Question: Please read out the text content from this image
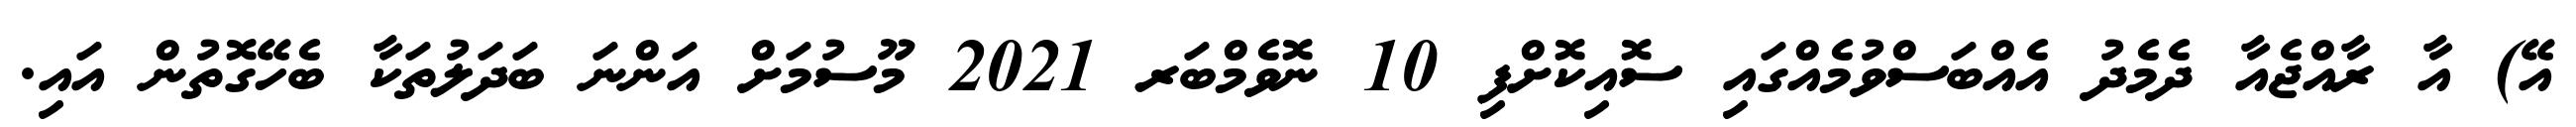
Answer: އޭ) އާ ރާއްޖެއާ ދެމެދު އެއްބަސްވުމެއްގައި ސޮއިކޮށްފި 10 ނޮވެމްބަރ 2021 މޫސުމަށް އަންނަ ބަދަލުތަކާ ބެހޭގޮތުން އައި.